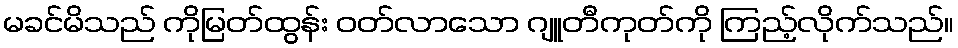
မခင်မိသည် ကိုမြတ်ထွန်း ဝတ်လာသော ဂျူတီကုတ်ကို ကြည့်လိုက်သည်။